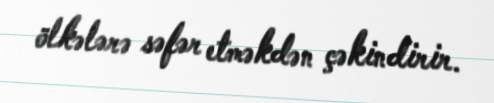
ölkələrə səfər etməkdən çəkindirir.